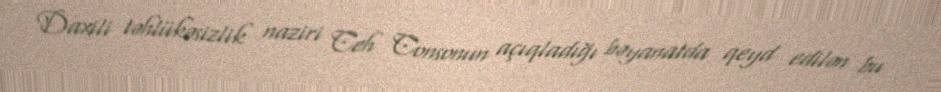
Daxili təhlükəsizlik naziri Ceh Consonun açıqladığı bəyanatda qeyd edilən bu